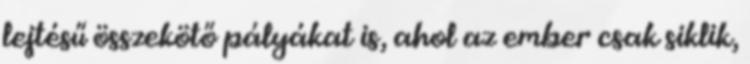
lejtésű összekötő pályákat is, ahol az ember csak siklik,